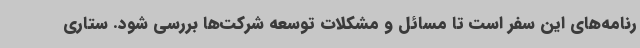
رنامه‌های این سفر است تا مسائل و مشکلات توسعه شرکت‌ها بررسی شود. ستاری